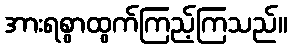
အားရစွာထွက်ကြည့်ကြသည်။